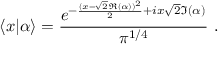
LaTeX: \langle x | \alpha \rangle = { \frac { e ^ { - { \frac { ( x - { \sqrt { 2 } } \Re ( \alpha ) ) ^ { 2 } } { 2 } } + i x { \sqrt { 2 } } \Im ( \alpha ) } } { \pi ^ { 1 / 4 } } } ~ .